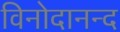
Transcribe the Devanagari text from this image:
विनोदानन्द